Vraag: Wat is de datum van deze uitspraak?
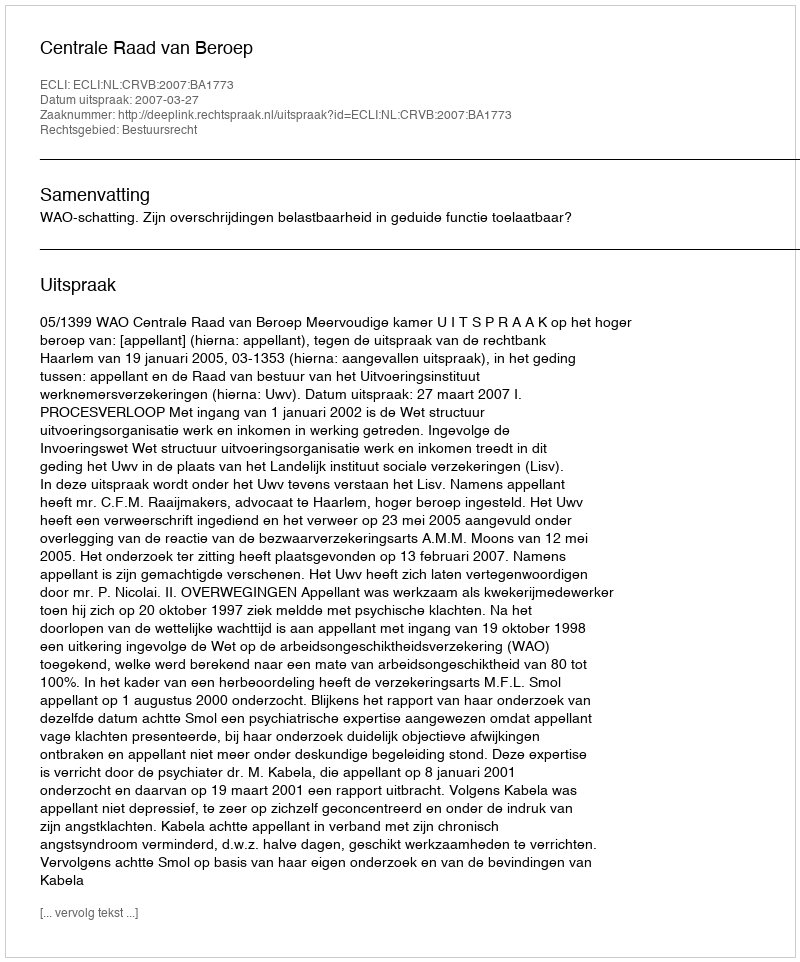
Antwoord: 2007-03-27